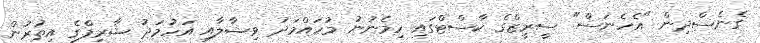
ގެނެސްދިން "އެހެނަސް" ސީރީޒްގެ ކާސްޓްގައި ހިމެނުނު މުހައްމަދު ވިޝާލާއި އަހުމަދު ޝާރިފްގެ އިތުރުން